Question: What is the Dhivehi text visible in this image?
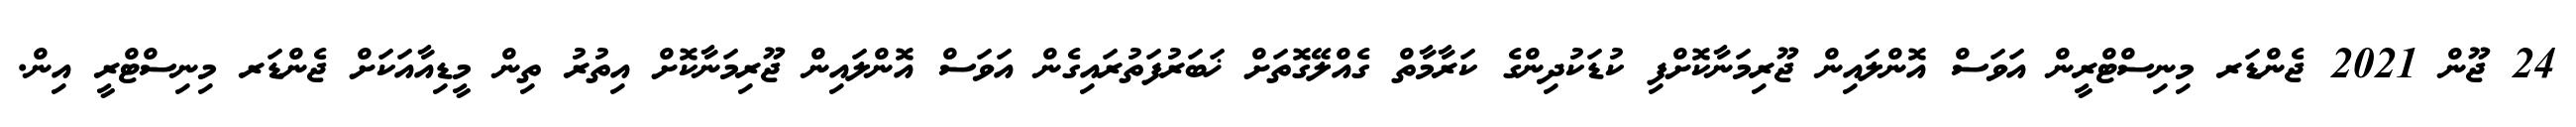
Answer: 24 ޖޫން 2021 ޖެންޑަރ މިނިސްޓްރީން އަވަސް އޮންލައިން ޖޫރިމަނާކޮށްފި ކުޑަކުދިންގެ ކަރާމާތް ގެއްލޭގޮތަށް ޚަބަރުފަތުރައިގެން އަވަސް އޮންލައިން ޖޫރިމަނާކޮށް އިތުރު ތިން މީޑިއާއަކަށް ޖެންޑަރ މިނިސްޓްރީ އިން.